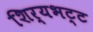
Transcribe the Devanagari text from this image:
शिर्यभट्ट